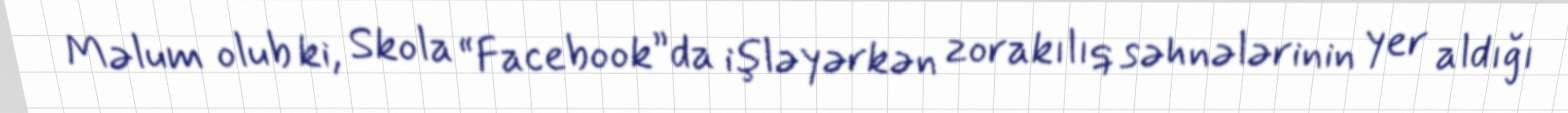
Məlum olub ki, Skola “Facebook”da işləyərkən zorakılıq səhnələrinin yer aldığı